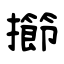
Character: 擳